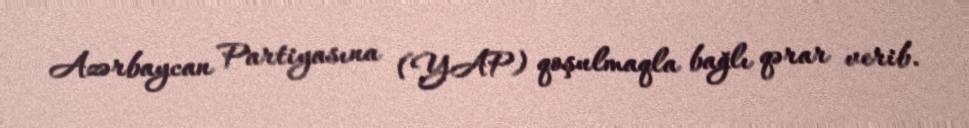
Azərbaycan Partiyasına (YAP) qoşulmaqla bağlı qərar verib.